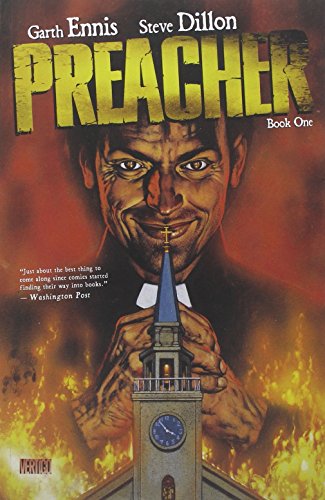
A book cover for Preacher Book One; Garth Ennis; Comics & Graphic Novels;